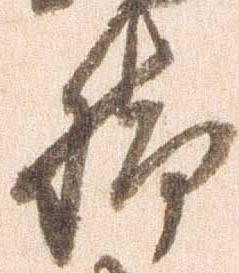
脚